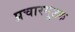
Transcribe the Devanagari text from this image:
प्रचारमूलक